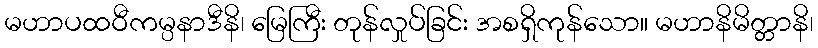
မဟာပထဝီကမ္ပနာဒီနိ၊ မြေကြီး တုန်လှုပ်ခြင်း အစရှိကုန်သော။ မဟာနိမိတ္တာနိ၊